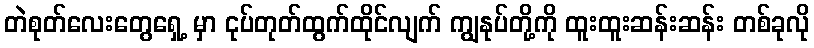
တဲစုတ်လေးတွေရှေ့ မှာ ငုပ်တုတ်ထွက်ထိုင်လျက် ကျွနုပ်တို့ကို ထူးထူးဆန်းဆန်း တစ်ခုလို